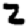
Digit: 2